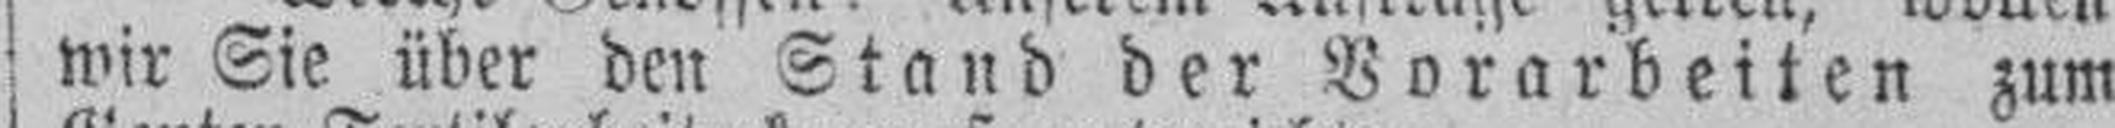
wir Sie über den Stand der Vorarbeiten zum